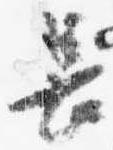
長